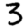
Digit: 3